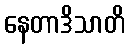
နေတာဒိသာတိ